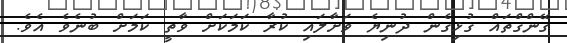
ގޭންގްތައް ގުޅިގެން ދުނިޔެ ވަށާލައި ކުރާ ކަމަކަށް ވާތީ ކަމަށް ބުނެވެ އެވެ.